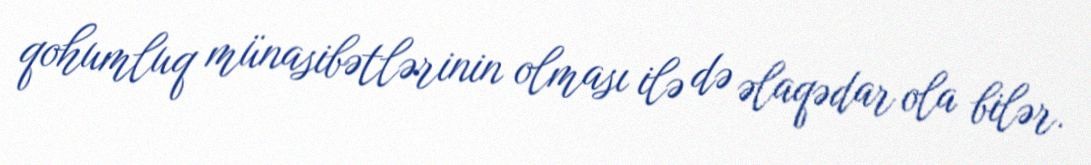
qohumluq münasibətlərinin olması ilə də əlaqədar ola bilər.